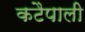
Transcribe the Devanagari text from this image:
कटैपाली